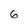
Character: 6